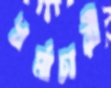
ধর্মাচারী